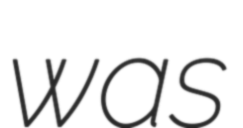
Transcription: was